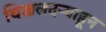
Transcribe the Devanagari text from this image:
चिखलदर्‍याहून